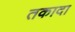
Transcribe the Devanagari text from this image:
तकादा